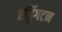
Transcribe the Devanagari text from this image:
एड्डिंगटन